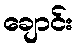
ချောင်း